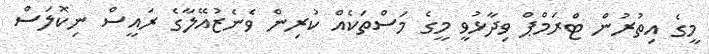
މީގެ އިތުރުން ޓްރަމްޕް ވިދާޅުވީ މީގެ މަސްތަކެއް ކުރިން ވެނެޒުއޭލާގެ ރައީސް ނިކޮލަސް